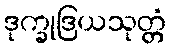
ဒုက္ခုဒြယသုတ္တံ